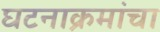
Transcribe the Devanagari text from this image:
घटनाक्रमांचा